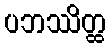
ပဘဿိတ္ထ